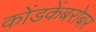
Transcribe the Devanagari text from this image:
कोंडकेंबरोबर